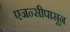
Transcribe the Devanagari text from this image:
एजन्सीपासून